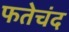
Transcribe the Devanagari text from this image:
फतेचंद